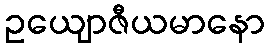
ဥယျောဇီယမာနော